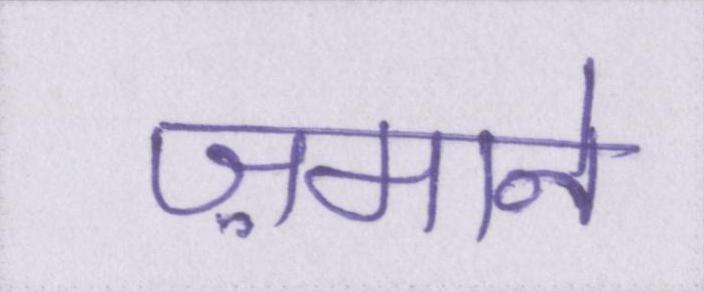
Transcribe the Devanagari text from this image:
ज़माने